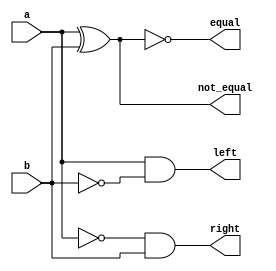
`timescale 1ns / 1ps

module ONE_BIT(
    input a,
    input b,
    output equal,
    output not_equal,
    output left,
    output right
    );
    
assign equal = ~(a^b);
assign not_equal = a^b;
assign left = a&&(~b);
assign right = (~a)&&b;
    
endmodule